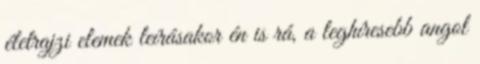
életrajzi elemek leírásakor én is rá, a leghíresebb angol